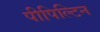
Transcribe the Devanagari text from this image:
पीपिल्टिन